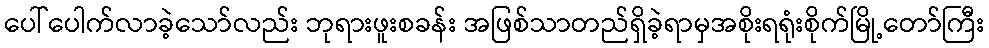
ပေါ်ပေါက်လာခဲ့သော်လည်း ဘုရားဖူးစခန်း အဖြစ်သာတည်ရှိခဲ့ရာမှအစိုးရရုံးစိုက်မြို့တော်ကြီး